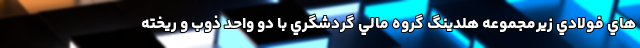
هاي فولادي زيرمجموعه هلدينگ گروه مالي گردشگري با دو واحد ذوب و ريخته